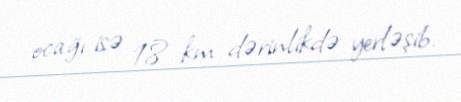
ocağı isə 18 km dərinlikdə yerləşib.